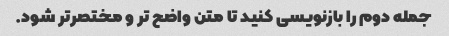
جمله دوم را بازنویسی کنید تا متن واضح تر و مختصرتر شود.